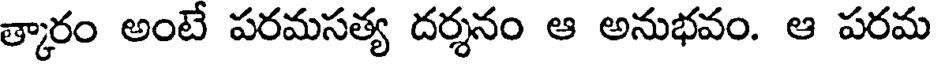
త్కారం అంటే పరమసత్య దర్శనం ఆ అనుభవం. ఆ పరమ